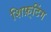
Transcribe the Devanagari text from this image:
शिफ़्टिंग